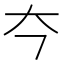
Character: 𪥁